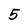
Character: 5